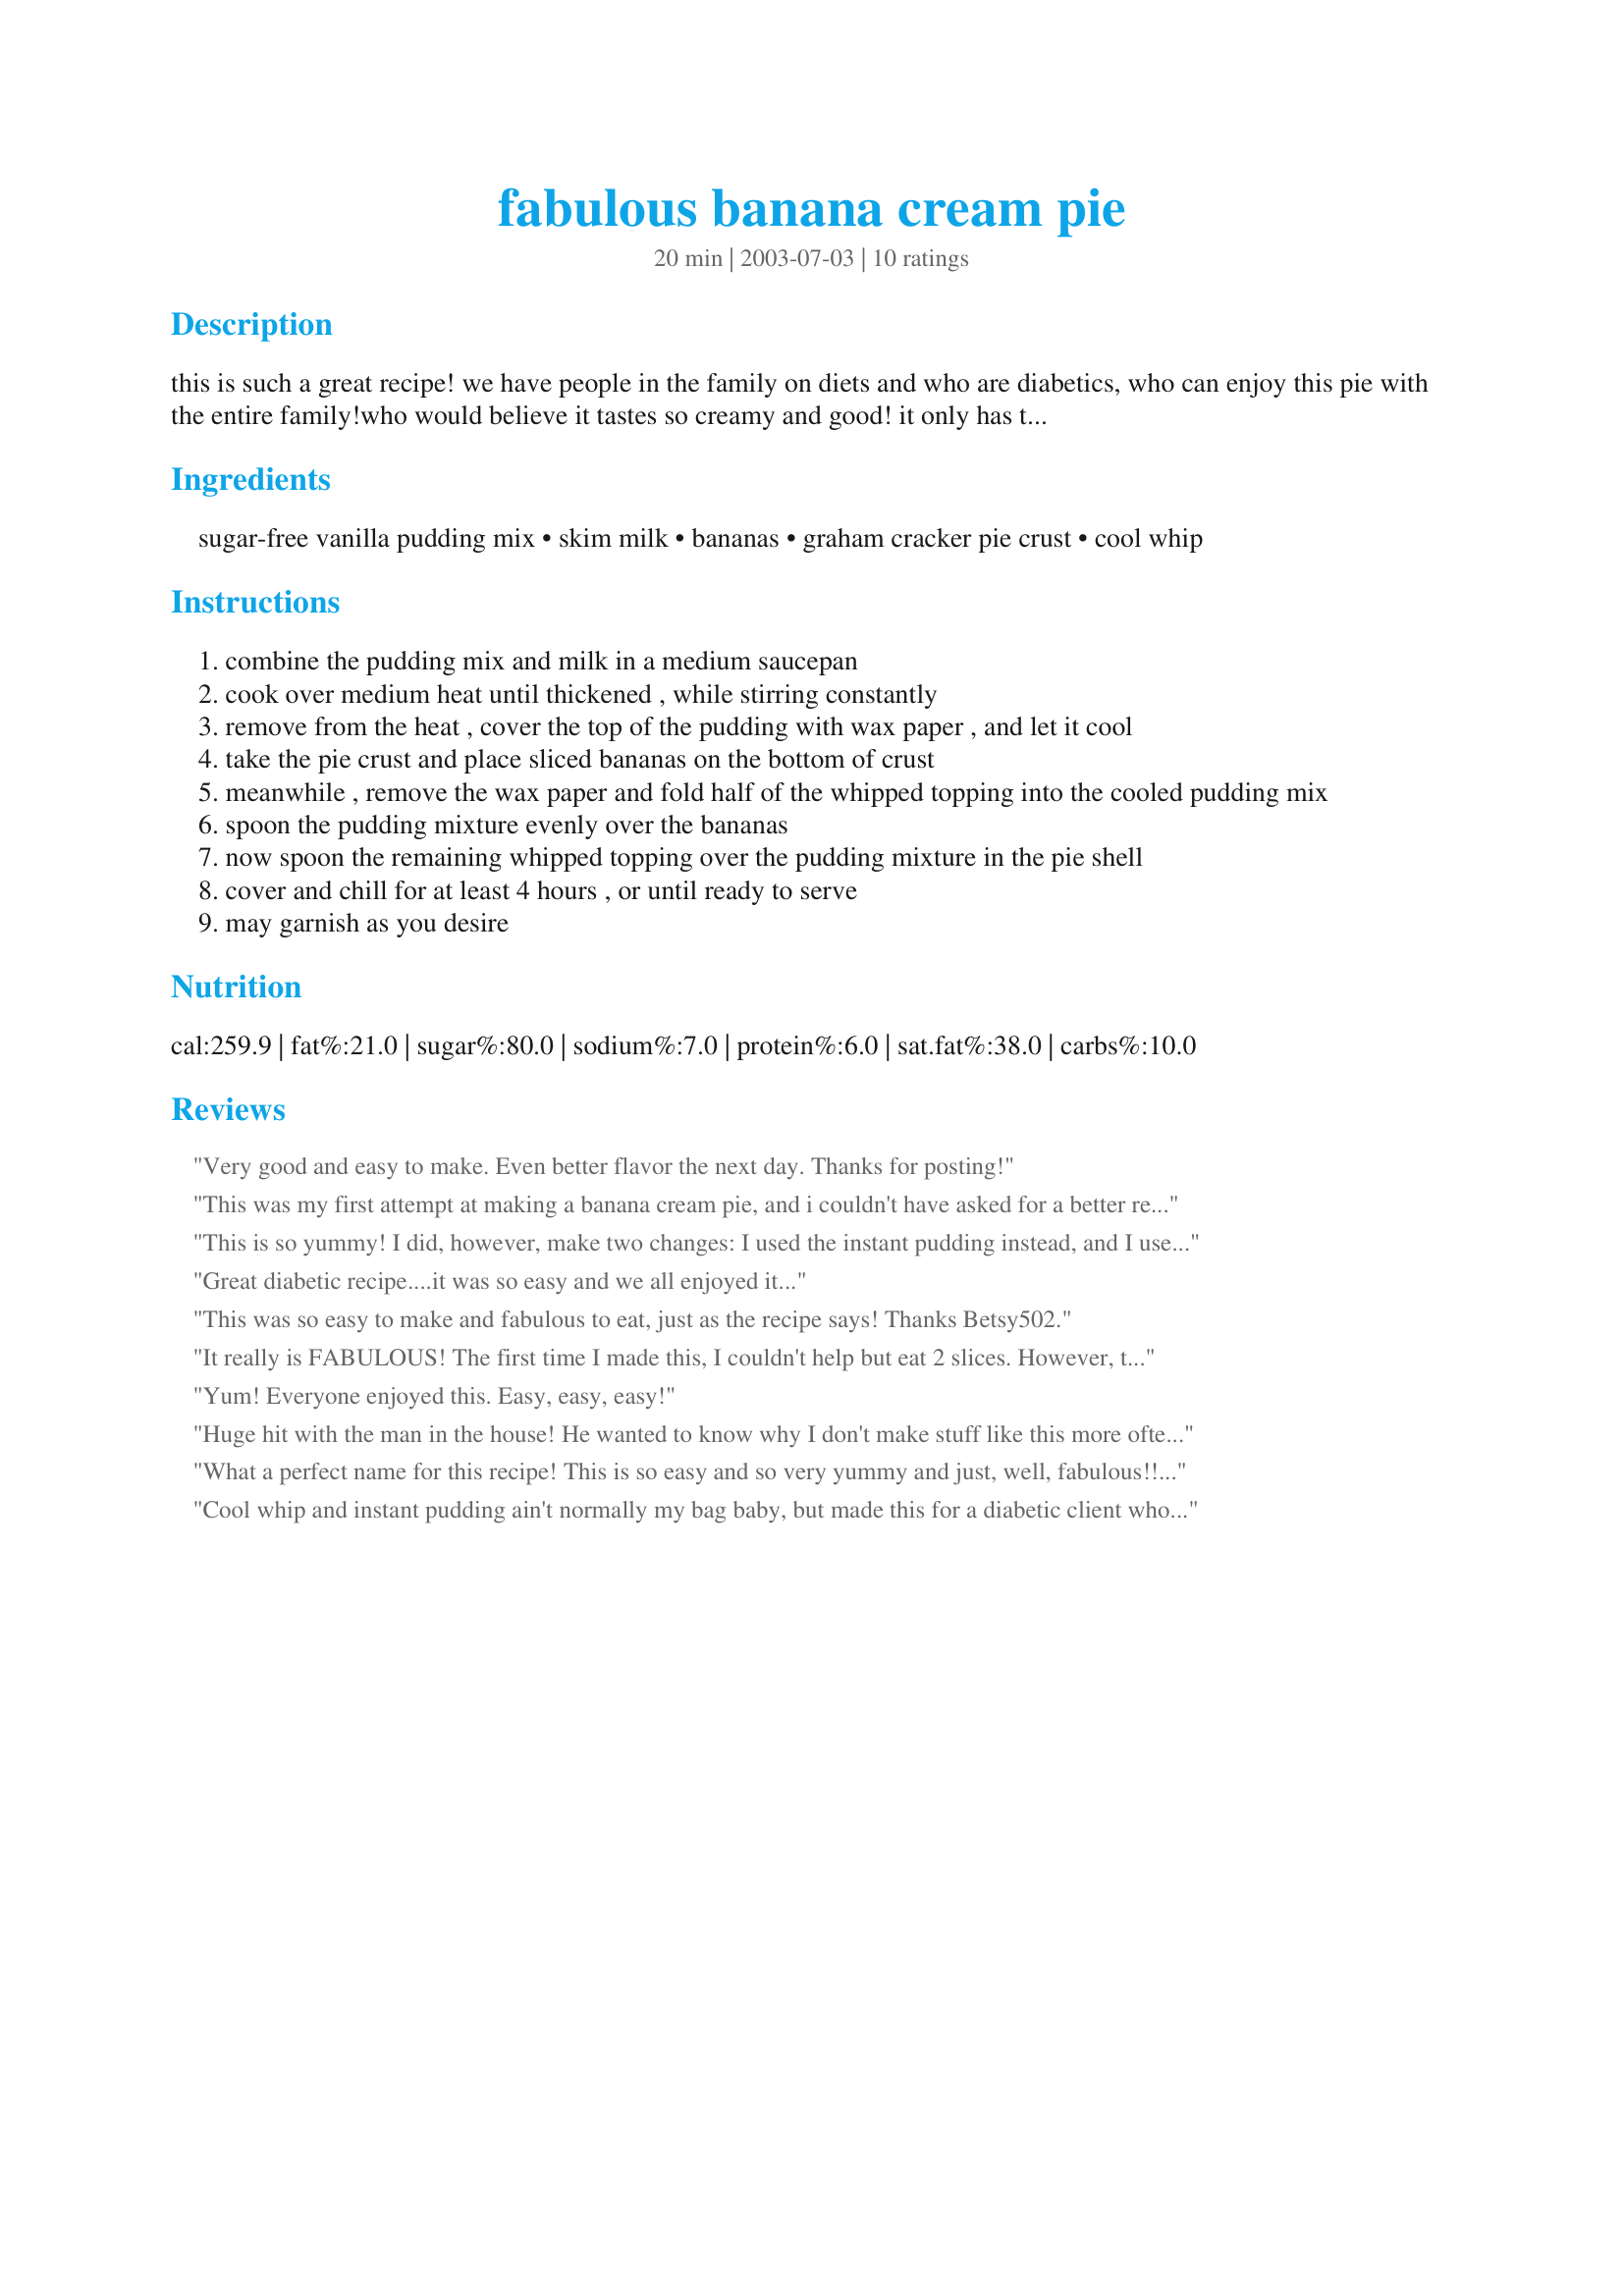
fabulous banana cream pie
Preparation time: 20 minutes

this is such a great recipe! we have people in the family on diets and who are diabetics, who can enjoy this pie with the entire family!who would believe it tastes so creamy and good! it only has two medium bananas in the entire pie!this is a family favorite of ours, which was originally from mr. food recipes. we like to garnish it with toasted coconut, or shaved chocolate, and sliced bananas!hope you enjoy it as much as everyone who has enjoyed this pie at our home.

Ingredients:
sugar-free vanilla pudding mix, skim milk, bananas, graham cracker pie crust, cool whip

Steps:
combine the pudding mix and milk in a medium saucepan
cook over medium heat until thickened , while stirring constantly
remove from the heat , cover the top of the pudding with wax paper , and let it cool
take the pie crust and place sliced bananas on the bottom of crust
meanwhile , remove the wax paper and fold half of the whipped topping into the cooled pudding mix
spoon the pudding mixture evenly over the bananas
now spoon the remaining whipped topping over the pudding mixture in the pie shell
cover and chill for at least 4 hours , or until ready to serve
may garnish as you desire

Reviews:
Very good and easy to make. Even better flavor the next day. Thanks for posting!
This was my first attempt at making a banana cream pie, and i couldn't have asked for a better recipe to follow! It was so delicious and easy to make. I had to use full fat pudding mix, im sure it didnt make a difference....apart from the calories!! This is a definate keeper! Thanks BB502 xxxx
This is so yummy! I did, however, make two changes: I used the instant pudding instead, and I used the Banana Cream sugar-free flavor. Next time I will try it with vanilla, but I did really enjoy it with the banana cream. This is a wonderful, semi-healthy dessert that my whole family loved! Thanks so much!
Great diabetic recipe....it was so easy and we all enjoyed it...
This was so easy to make and fabulous to eat, just as the recipe says! Thanks Betsy502.
It really is FABULOUS! The first time I made this, I couldn't help but eat 2 slices. However, the next morning I noticed that the rest of the pie was gone! My DH ate up all the rest of it during the night - and he usually passes up sweets! I've made this many times since, and I use instant vanilla pudding and it turns out great! Thanks for this wonderful recipe!
Yum! Everyone enjoyed this. Easy, easy, easy!
Huge hit with the man in the house! He wanted to know why I don't make stuff like this more often. It was very easy to make and with the humidity we've been having lately it was nice to have a no bake dessert!
What a perfect name for this recipe! This is so easy and so very yummy and just, well, fabulous!! The only thing I did different is I used instant pudding, but that was because I couldn't wait to eat it! Thanks for posting such a wonderful recipe; we will definitely be making this again and again!
Cool whip and instant pudding ain't normally my bag baby, but made this for a diabetic client who was quite happy with it. Me- I licked the bowl- very tastey. Thank you for an easy, tastey treat.
